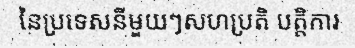
នៃប្រទេសនីមួយៗសហប្រតិ បត្តិការ